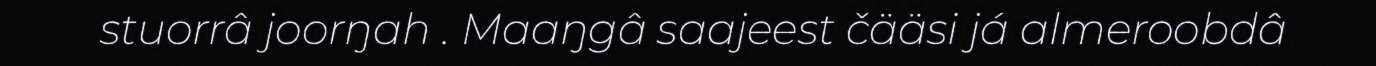
stuorrâ joorŋah . Maaŋgâ saajeest čääsi já almeroobdâ